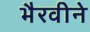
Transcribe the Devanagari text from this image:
भैरवीने